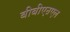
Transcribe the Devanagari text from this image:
बीबीएऩएल